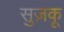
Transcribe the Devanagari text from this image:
सुज़कू